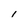
Character: l